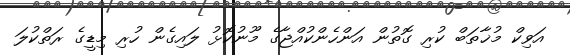
އަވިކް މުޚާތަބް ކުރި ގޮތުން އަންހެންކުއްޖާގެ މޫނުކޮޅު ލައިގެން ހުރި މިޑީގެ ރަތްކުލަ